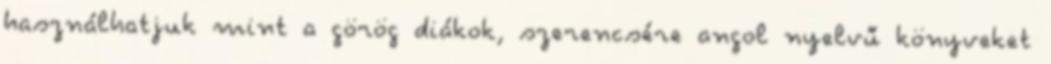
használhatjuk mint a görög diákok, szerencsére angol nyelvű könyveket